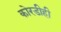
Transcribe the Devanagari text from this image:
कोरडीही